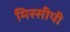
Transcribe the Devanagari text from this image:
मिस्सीपी